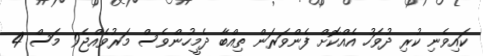
ކައިވެނި ކުރި ދުވަހު އެއްކޮށް ފެންވަރަން ތިއްބާ ދެމީހުންވެސް މަރުވެއްޖެ9 މަސް 4